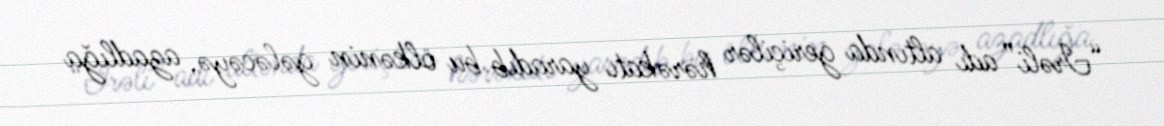
“İrəli” adı altında geriçilər hərəkatı yaradıb bu ölkənin gələcəyə, azadlığa